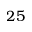
2 5